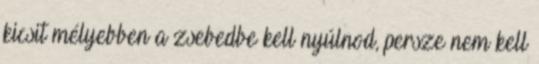
kicsit mélyebben a zsebedbe kell nyúlnod, persze nem kell